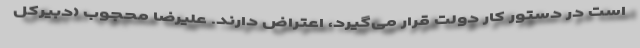
است در دستور کار دولت قرار می‌گیرد، اعتراض دارند. علیرضا محجوب (دبیرکل